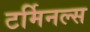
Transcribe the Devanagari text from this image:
टर्मिनल्‍स